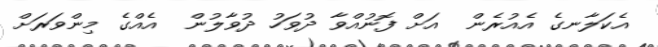
އެކަލާނގެ އެއުރެން  އަށް ފޮނުއްވާ ދުވަހު ދުވާލުން  އެއްގެ މިންވަރަށް